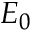
E _ { 0 }